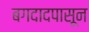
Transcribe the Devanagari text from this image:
बगदादपासून